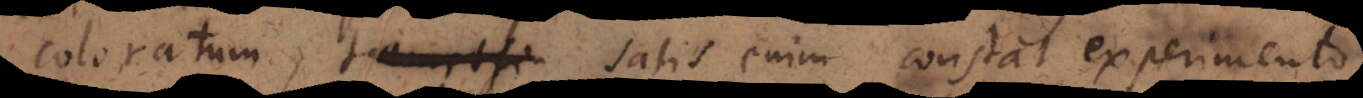
coloratum, tametsi satis enim constat hujusmodi